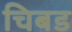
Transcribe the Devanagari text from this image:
चिबड